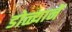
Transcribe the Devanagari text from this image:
डोळ्यानें